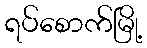
ရပ်စောက်မြို့